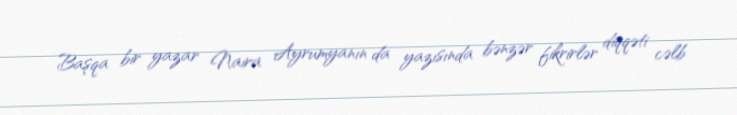
Başqa bir yazar Naira Ayrumyanın da yazısında bənzər fikrirlər diqqəti cəlb